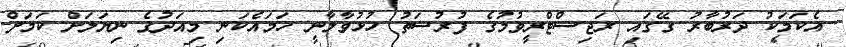
އެކަމަކު ދަރުބާރު ގޭގައި ރަޖިސްޓްރީވުމުގެ ފުރުސަތު ހުޅުވާލާނީ ހަމައެކަނި މިއަދުގެ ނިޔަލަށް ކަމަށް